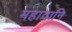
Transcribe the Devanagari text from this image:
महादानि